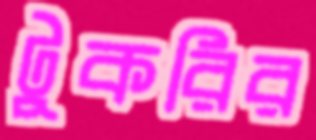
টুকরির